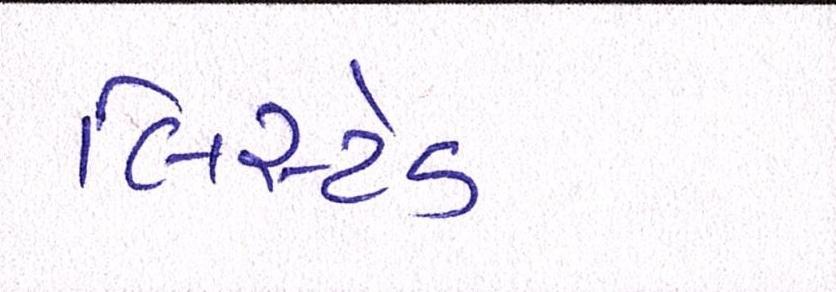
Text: લિસ્ટેડ